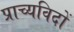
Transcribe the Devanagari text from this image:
प्राच्यविदों